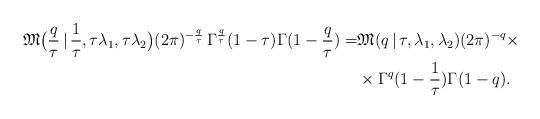
LaTeX: \begin{align*}\mathfrak{M}\bigl(\frac{q}{\tau}\,|\,\frac{1}{\tau},\tau\lambda_1,\tau\lambda_2\bigr) (2\pi)^{-\frac{q}{\tau}}\,\Gamma^{\frac{q}{\tau}}(1-\tau) \Gamma(1-\frac{q}{\tau}) = &\mathfrak{M}(q\,|\,\tau,\lambda_1,\lambda_2) (2\pi)^{-q}\times \\ & \times\Gamma^{q}(1-\frac{1}{\tau}) \Gamma(1-q). \end{align*}